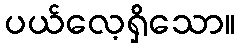
ပယ်လေ့ရှိသော။